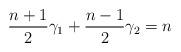
LaTeX: \begin{align*}\frac{n+1}{2}\gamma_{1} + \frac{n-1}{2}\gamma_{2} &= n\\\end{align*}